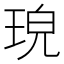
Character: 𤥰